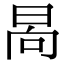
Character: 晑